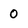
Character: 0